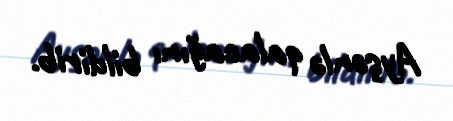
Ayşənlə qalacağını bildirib.